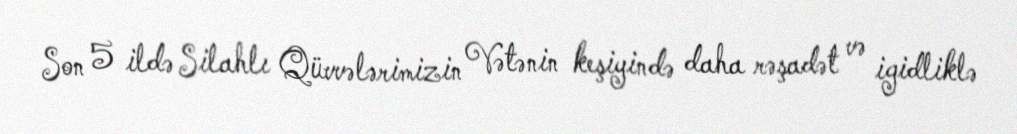
Son 5 ildə Silahlı Qüvvələrimizin Vətənin keşiyində daha rəşadət və igidliklə